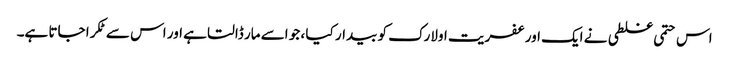
اس حتمی غلطی نے ایک اور عفریت اولارک کو بیدار کیا ، جو اسے مار ڈالتا ہے اور اس سے ٹکرا جاتا ہے۔